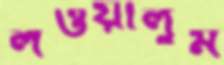
লওয়ালুম